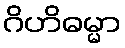
ဂိဟိဓမ္မာ